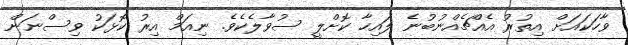
ވާހަކައަށް އިތުރު އެއްޗެއްނުބުނެ ލައިހާ ކޮށްލީ ސުވާލެކެވެ. ނިއަމް އިރު ކޮޅަކު ވިސްނަން